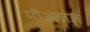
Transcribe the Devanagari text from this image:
मौअजज़